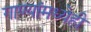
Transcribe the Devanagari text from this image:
गाण्यांमध्येही